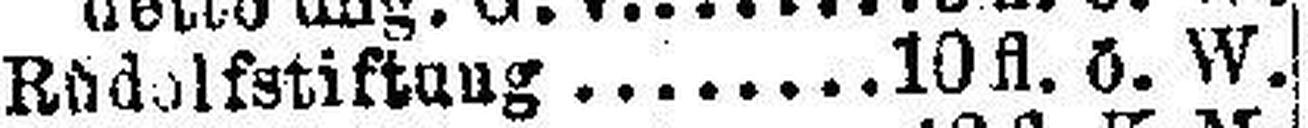
Rüdolfstiftnug. 10fl. ö. W.